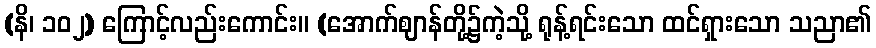
(နိ၊ ၁၀၂) ကြောင့်လည်းကောင်း။ (အောက်ဈာန်တို့၌ကဲ့သို့ ရုန့်ရင်းသော ထင်ရှားသော သညာ၏